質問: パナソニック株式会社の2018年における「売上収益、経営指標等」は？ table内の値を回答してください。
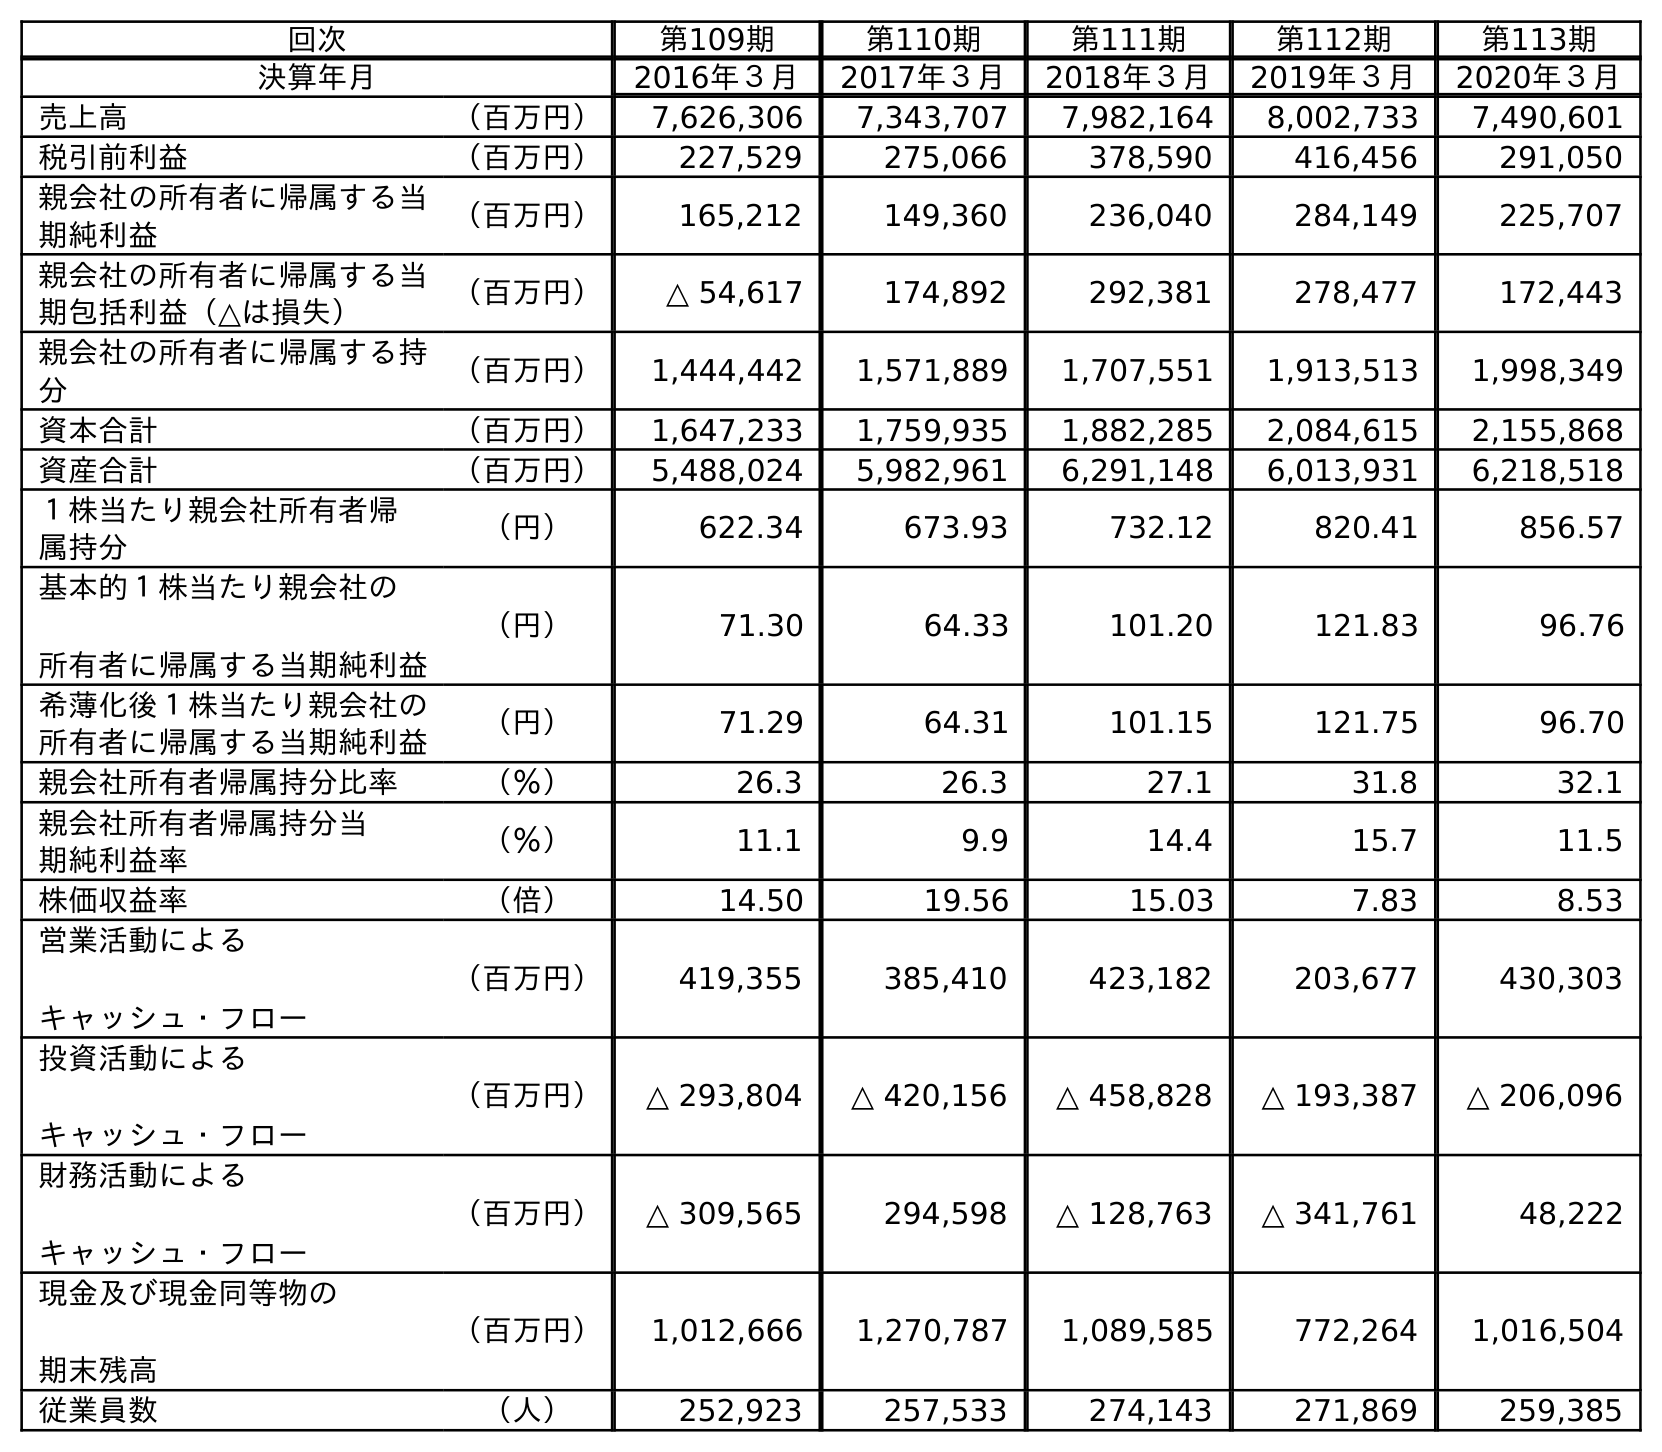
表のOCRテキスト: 回次 第109期 第110期 第111期 第112期 第113期 決算年月 2016年３月 2017年３月 2018年３月 2019年３月 2020年３月 売上高 （百万円） 7,626,306 7,343,707 7,982,164 8,002,733 7,490,601 税引前利益 （百万円） 227,529 275,066 378,590 416,456 291,050 親会社の所有者に帰属する当 期純利益 （百万円） 165,212 149,360 236,040 284,149 225,707 親会社の所有者に帰属する当 期包括利益（△は損失） （百万円） △ 54,617 174,892 292,381 278,477 172,443 親会社の所有者に帰属する持 分 （百万円） 1,444,442 1,571,889 1,707,551 1,913,513 1,998,349 資本合計 （百万円） 1,647,233 1,759,935 1,882,285 2,084,615 2,155,868 資産合計 （百万円） 5,488,024 5,982,961 6,291,148 6,013,931 6,218,518 １株当たり親会社所有者帰 属持分 （円） 622.34 673.93 732.12 820.41 856.57 基本的１株当たり親会社の 所有者に帰属する当期純利益 （円） 71.30 64.33 101.20 121.83 96.76 希薄化後１株当たり親会社の 所有者に帰属する当期純利益 （円） 71.29 64.31 101.15 121.75 96.70 親会社所有者帰属持分比率 （％） 26.3 26.3 27.1 31.8 32.1 親会社所有者帰属持分当 期純利益率 （％） 11.1 9.9 14.4 15.7 11.5 株価収益率 （倍） 14.50 19.56 15.03 7.83 8.53 営業活動による キャッシュ・フロー （百万円） 419,355 385,410 423,182 203,677 430,303 投資活動による キャッシュ・フロー （百万円） △ 293,804 △ 420,156 △ 458,828 △ 193,387 △ 206,096 財務活動による キャッシュ・フロー （百万円） △ 309,565 294,598 △ 128,763 △ 341,761 48,222 現金及び現金同等物の 期末残高 （百万円） 1,012,666 1,270,787 1,089,585 772,264 1,016,504 従業員数 （人） 252,923 257,533 274,143 271,869 259,385
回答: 7,982,164